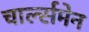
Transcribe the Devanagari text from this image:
चार्ल्समेन